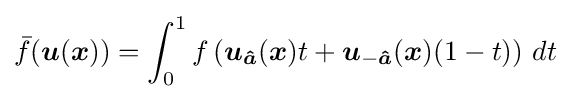
{\bar {f}}({\boldsymbol {u}}({\boldsymbol {x}}))=\int _{0}^{1}f\left({\boldsymbol {u}}_{\boldsymbol {\hat {a}}}({\boldsymbol {x}})t+{\boldsymbol {u}}_{-{\boldsymbol {\hat {a}}}}({\boldsymbol {x}})(1-t)\right)\,dt